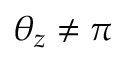
\theta _ { z } \neq \pi